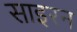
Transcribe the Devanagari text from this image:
साइरन